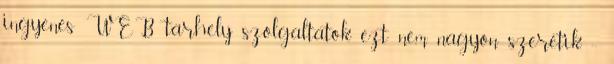
ingyenes WEB tarhely szolgaltatok ezt nem nagyon szeretik. :-